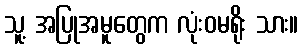
သူ့ အပြုအမူတွေက လုံးဝမရိုး သား။